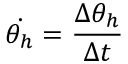
\dot { \theta _ { h } } = \frac { \Delta \theta _ { h } } { \Delta t }